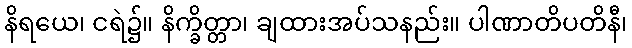
နိရယေ၊ ငရဲ၌။ နိက္ခိတ္တာ၊ ချထားအပ်သနည်း။ ပါဏာတိပတိနီ၊